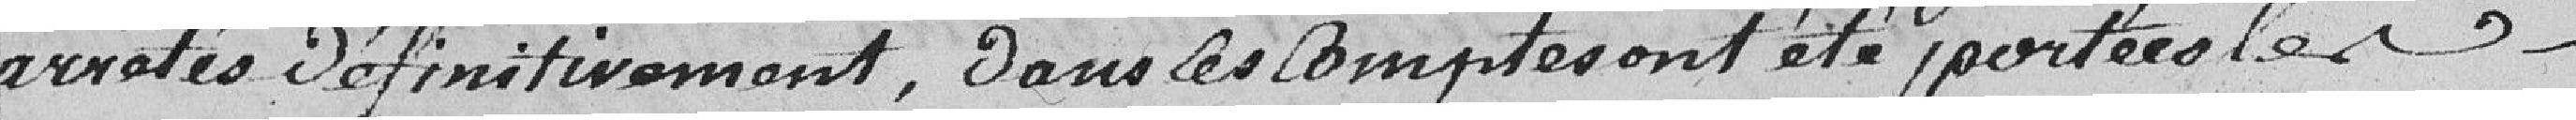
arrêtés définitivement. Dans les comptes ont été portées les